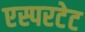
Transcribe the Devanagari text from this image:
एस्परटेट